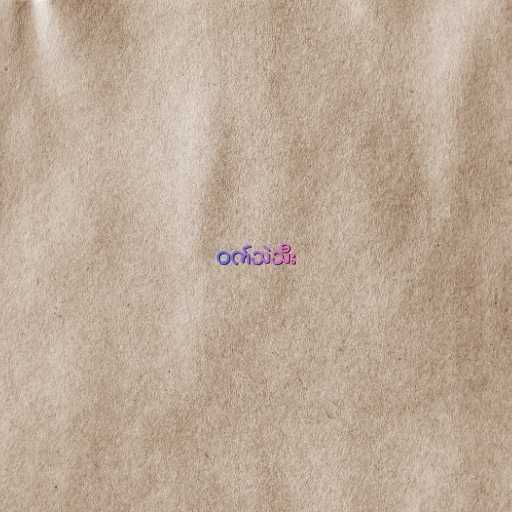
ဝက်သဲသီး